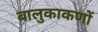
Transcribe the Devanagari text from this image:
बालुकाकणों